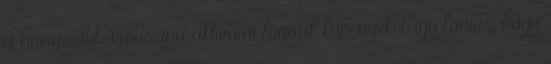
a hangsúlyt. Valószínű aktiválni fognak köpenyeket, így fontos, hogy